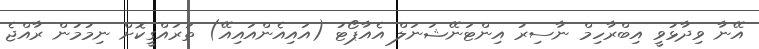
އޭނާ ވިދާޅުވީ އިބްރާހިމް ނާސިރު އިންޓަނޭޝަނަލް އެއާޕޯޓު (އައިއެންއައިއޭ) ތަރައްގީކޮށް ނިމުމުން ރާއްޖެ